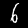
Digit: 6